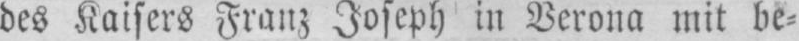
des Kaisers Franz Joseph in Verona mit be⸗